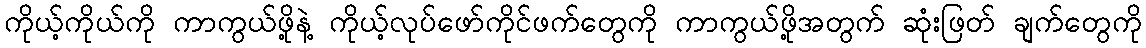
ကိုယ့်ကိုယ်ကို ကာကွယ်ဖို့နဲ့ ကိုယ့်လုပ်ဖော်ကိုင်ဖက်တွေကို ကာကွယ်ဖို့အတွက် ဆုံးဖြတ် ချက်တွေကို